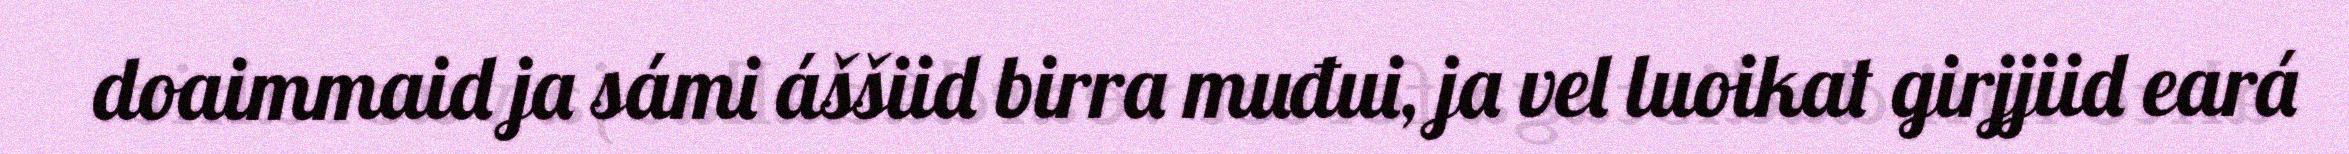
doaimmaid ja sámi áššiid birra muđui, ja vel luoikat girjjiid eará